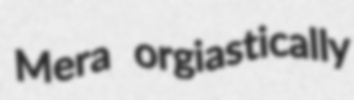
Mera orgiastically